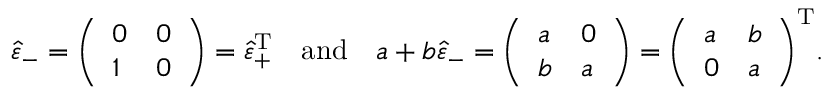
{ \hat { \varepsilon } } _ { - } = { \left( \begin{array} { l l } { 0 } & { 0 } \\ { 1 } & { 0 } \end{array} \right) } = { \hat { \varepsilon } } _ { + } ^ { \operatorname { T } } \quad { \mathrm { a n d } } \quad a + b { \hat { \varepsilon } } _ { - } = { \left( \begin{array} { l l } { a } & { 0 } \\ { b } & { a } \end{array} \right) } = { \left( \begin{array} { l l } { a } & { b } \\ { 0 } & { a } \end{array} \right) } ^ { \operatorname { T } } .